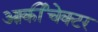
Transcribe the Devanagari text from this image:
आर्कीचेक्टर